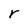
Character: r